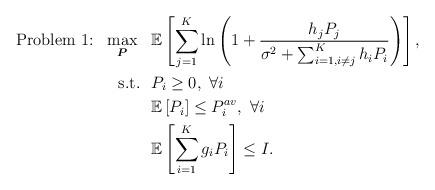
LaTeX: \begin{align*}\mbox{Problem 1:}~~\max_{\boldsymbol{P}}~~&\mathbb{E}\left[\sum_{j=1}^K \ln\left(1+\frac{h_{j}P_j}{\sigma^2+\sum_{i=1,i\neq j}^K h_{i}P_i}\right)\right],\\\mbox{s.t.}~~ &P_i\ge 0, ~\forall i\\&\mathbb{E}\left[P_i\right] \le P_i^{av},~\forall i\\&\mathbb{E}\left[\sum_{i=1}^K g_iP_i\right] \le I.\end{align*}